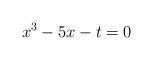
LaTeX: \begin{align*}x^3 - 5x - t = 0\end{align*}